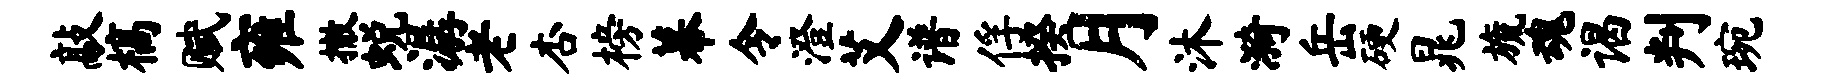
敲槁赋雍撤蜕潺老杏榜幕令澄艾谱俘揆月沐漪岳硬晁旒魂谒判琬